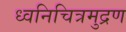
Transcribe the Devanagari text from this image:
ध्वनिचित्रमुद्रण